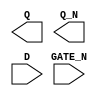
module sky130_fd_sc_hs__dlxbn (
    Q     ,
    Q_N   ,
    D     ,
    GATE_N
);

    output Q     ;
    output Q_N   ;
    input  D     ;
    input  GATE_N;

    // Voltage supply signals
    supply1 VPWR;
    supply0 VGND;

endmodule